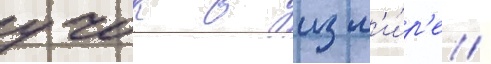
учок в изм'и́р'е /